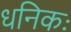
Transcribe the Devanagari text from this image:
धनिकः